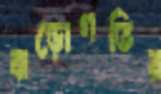
ঝড়োগতির